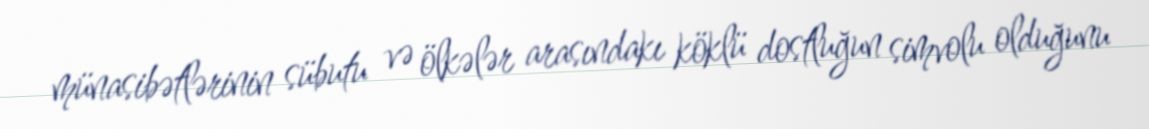
münasibətlərinin sübutu və ölkələr arasındakı köklü dostluğun simvolu olduğunu